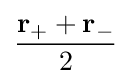
{\frac {\mathbf {r} _{+}+\mathbf {r} _{-}}{2}}